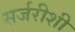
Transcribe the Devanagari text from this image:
सर्जरीशी